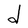
Character: d